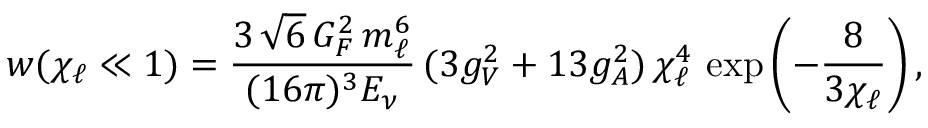
w ( \chi _ { \ell } \ll 1 ) = \frac { 3 \, \sqrt { 6 } \, G _ { F } ^ { 2 } \, m _ { \ell } ^ { 6 } } { ( 1 6 \pi ) ^ { 3 } E _ { \nu } } \, ( 3 g _ { V } ^ { 2 } + 1 3 g _ { A } ^ { 2 } ) \, \chi _ { \ell } ^ { 4 } \, \exp \left( - { \frac { 8 } { 3 \chi _ { \ell } } } \right) ,